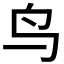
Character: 鸟